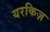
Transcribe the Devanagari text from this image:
यरकिज़